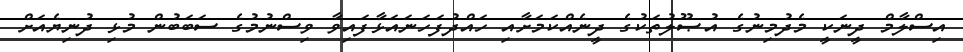
އިސްލާމް ދީނަކީ މެދުމިނުގެ އުޞޫލުތަކުގެ ދީނެއްކަމަށާއި ހައްދުފަހަނައަޅާފައިވާ ވިސްނުމުގެ ސަބަބުން މުޅި ދުނިޔެއަށް